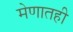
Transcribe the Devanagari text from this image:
मेणातही